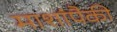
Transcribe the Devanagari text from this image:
माशांपैकी